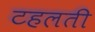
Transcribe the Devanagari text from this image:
टहलती